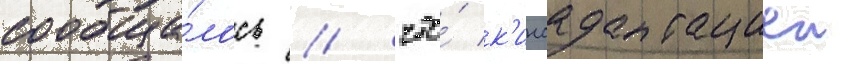
сообща́лось / что́ к'иноадаптациеи